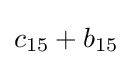
c_{15}+b_{15}